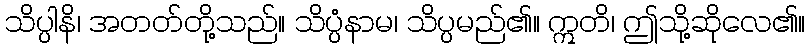
သိပ္ပါနိ၊ အတတ်တို့သည်။ သိပ္ပံနာမ၊ သိပ္ပမည်၏။ ဣတိ၊ ဤသို့ဆိုလေ၏။